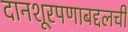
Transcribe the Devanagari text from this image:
दानशूरपणाबद्दलची